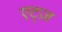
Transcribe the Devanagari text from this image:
एट्ज़